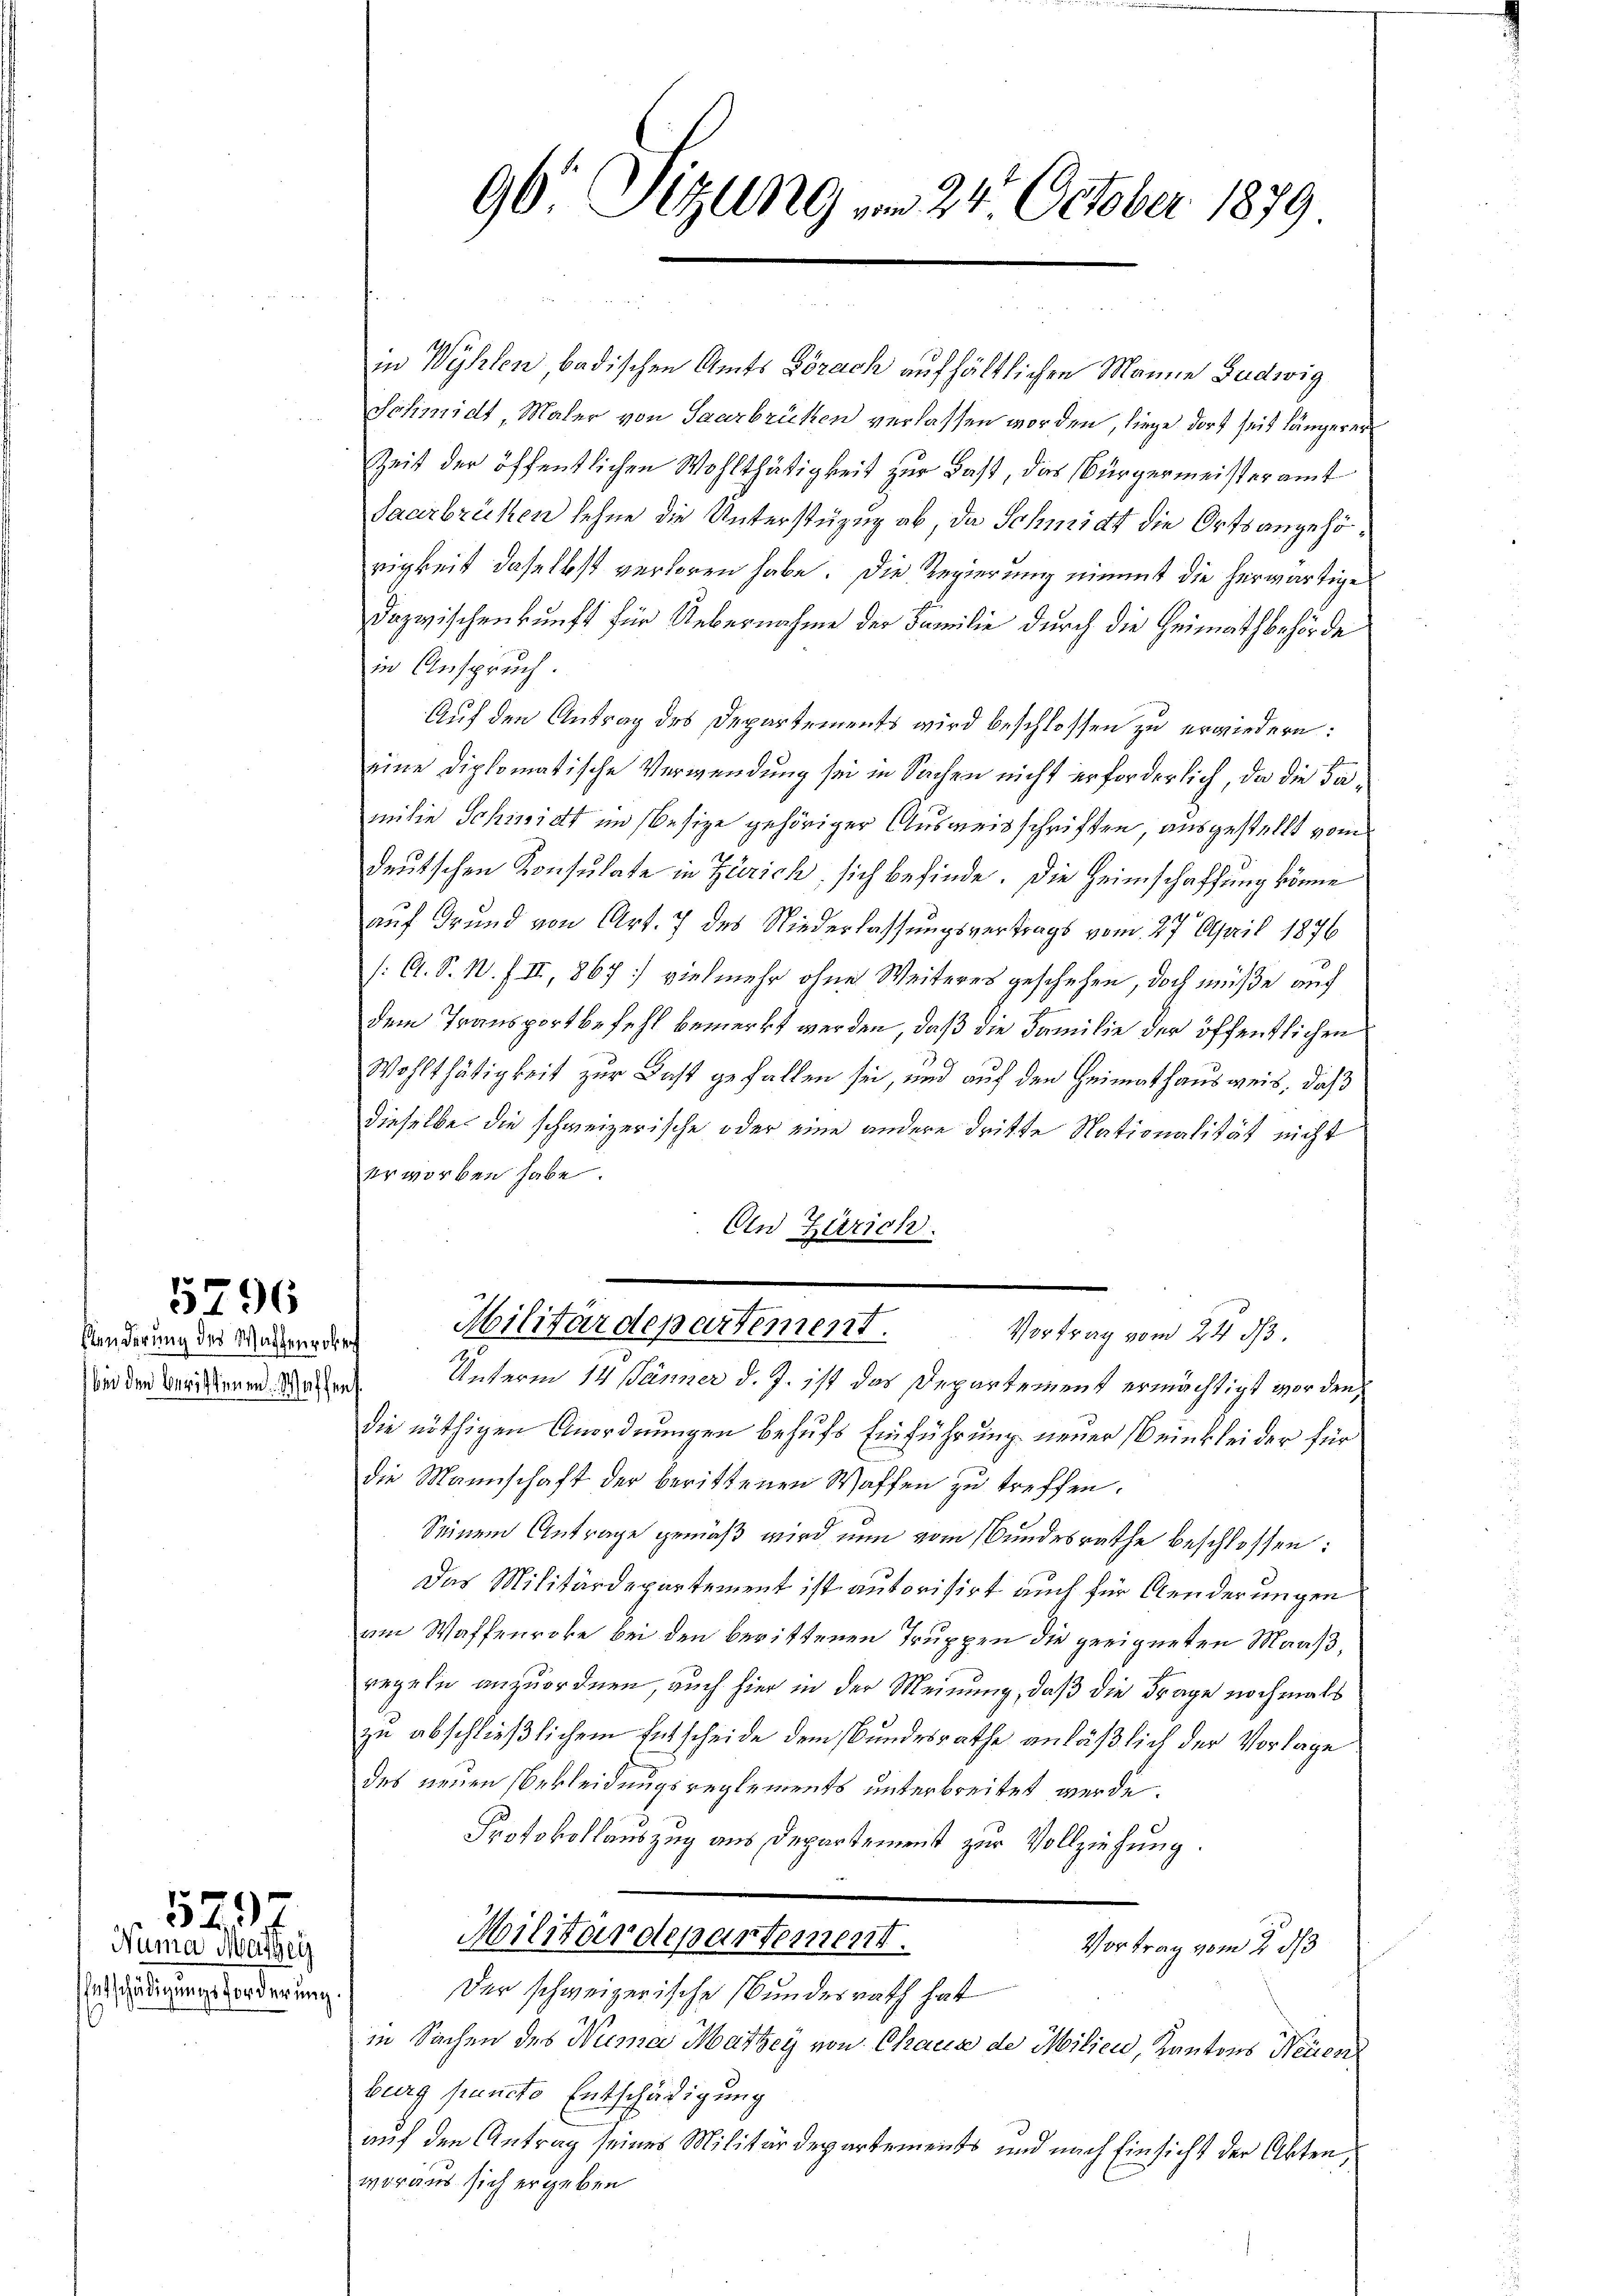
sänderung des Wachenrober
bei den berichtenen. Waffens

5796

Entschädigungsforderung.

529
Numa Martey

96 Sitzung vom 24. October 1879

in Wyhlen, badischen Amts Brach aufhältlichen Manne Ludwig
Schmidt, Maler von Saarbrücken verlassen worden, liege dort seit längerer
Zeit der öffentlichen Wohlthätigkeit zur Last, das Bürgermeisteramt
Saarbrüchen lehne die Unterstüzug ab, da Schmidt die Ortsangehörigkeit daselbst verloren habe. Die Regierung nimmt die herwärtige
Dazwischenkunft für Uebernahme der Familie durch die Heimathbehörde
in Anspruch
Auf den Antrag des Departements wird beschlossen zu erwiedern:
eine diplomatische Verwendung sei in Sachen nicht erforderlich, da die Familie Schinidt im Besize gehöriger Ausweisschriften, ausgestellt vom
deutschen Konsulate in Zürich, sich befinde. Die Heimschaffung könne
auf Grund von Art. 7 des Niederlassungsvertrags vom 27. April 1876
/A. S. W. f. II, 867 vielmehr ohne Weiteres geschehen, doch müße auf
dem Transportbefehl bemerkt werden, daß die Familie der öffentlichen
Wohlthätigkeit zur Last gefallen sei, und auf den Heimathausweis, daß
dieselbe die schweizerische oder eine andere dritte Nationalität nicht
erworben habe.
An Zürich.
Militärdepartement. Vortrag vom 24. d.
Unterm 14. Jänner d. J. ist das Departement ermächtigt worden,
die nöthigen Anordnungen behufs Einführung neuer (Beinkleider für
die Mannschaft der berittenen Waffen zu treffen.
Seinem Antrage gemäß wird nun vom Bundesrathe beschlossen:
Das Militärdepartement ist autorisirt auch für Aenderungen
am Waffenroke bei den berittenen Truppen die geeigneten Maaßregeln anzuordnen, auch hier in der Meinung, daß die Frage nochmals
zu abschließlichem Entscheide dem Bundesrathe anläßlich der Vorlage
des neuen Bekleidungsreglements unterbreitet werde.
Protokollauszug aus Departement zur Vollziehung.
Militärdepartement.
Vortrag vom 2. ds
Der schweizerische Bundesrath hat
in Sachen des Numa Martey von Chaus de Milieu, Kantons Neuen
burg puncto Entschädigung
auf den Antrag seines Militärdepartements und nach Einsicht der Akten,
woraus sich ergeben